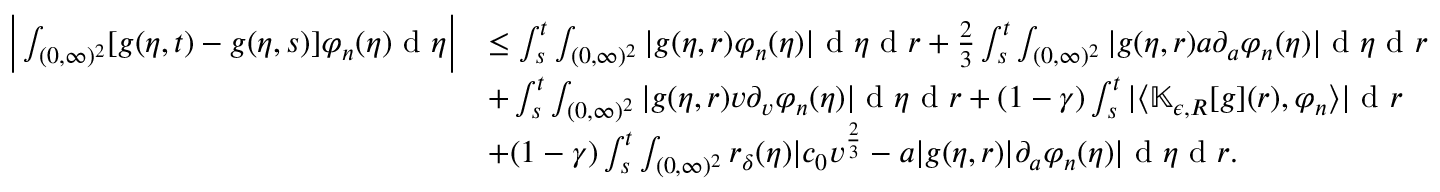
\begin{array} { r l } { \bigg | \int _ { ( 0 , \infty ) ^ { 2 } } [ g ( \eta , t ) - g ( \eta , s ) ] \varphi _ { n } ( \eta ) \textup { d } \eta \bigg | } & { \leq \int _ { s } ^ { t } \int _ { ( 0 , \infty ) ^ { 2 } } | g ( \eta , r ) \varphi _ { n } ( \eta ) | \textup { d } \eta \textup { d } r + \frac { 2 } { 3 } \int _ { s } ^ { t } \int _ { ( 0 , \infty ) ^ { 2 } } | g ( \eta , r ) a \partial _ { a } \varphi _ { n } ( \eta ) | \textup { d } \eta \textup { d } r } \\ & { + \int _ { s } ^ { t } \int _ { ( 0 , \infty ) ^ { 2 } } | g ( \eta , r ) v \partial _ { v } \varphi _ { n } ( \eta ) | \textup { d } \eta \textup { d } r + ( 1 - \gamma ) \int _ { s } ^ { t } | \langle \mathbb { K } _ { \epsilon , R } [ g ] ( r ) , \varphi _ { n } \rangle | \textup { d } r } \\ & { + ( 1 - \gamma ) \int _ { s } ^ { t } \int _ { ( 0 , \infty ) ^ { 2 } } r _ { \delta } ( \eta ) | c _ { 0 } v ^ { \frac { 2 } { 3 } } - a | g ( \eta , r ) | \partial _ { a } \varphi _ { n } ( \eta ) | \textup { d } \eta \textup { d } r . } \end{array}